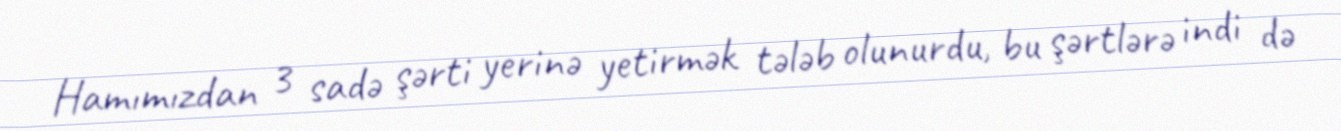
Hamımızdan 3 sadə şərti yerinə yetirmək tələb olunurdu, bu şərtlərə indi də